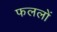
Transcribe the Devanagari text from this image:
फललों